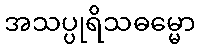
အသပ္ပုရိသဓမ္မော